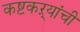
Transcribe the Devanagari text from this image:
कष्टकऱ्यांची